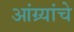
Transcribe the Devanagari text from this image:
आंग्र्यांचे